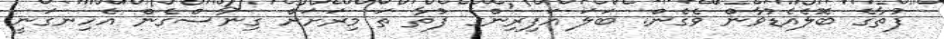
ފުތާގެ ބޮލެއެޑުވާން ވެގެން. ބަލަ އަފިރިންގެ ފުތާ ތަ މިރަށަށް ގިނާސްގެން އެހިނގަނީ